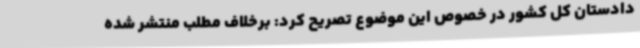
دادستان کل کشور در خصوص این موضوع تصریح کرد: برخلاف مطلب منتشر شده